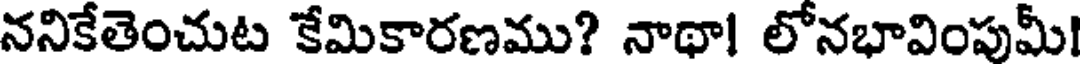
ననికేతెంచుట కేమికారణము? నాథాl లోనభావింపుమీ